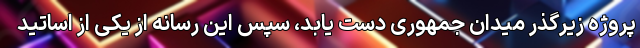
پروژه زیرگذر میدان جمهوری دست یابد، سپس این رسانه از یکی از اساتید